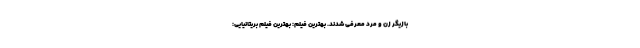
بازیگر زن و مرد معرفی شدند. بهترین فیلم: بهترین فیلم بریتانیایی: